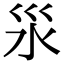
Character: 𣲂